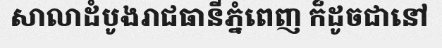
សាលាដំបូងរាជធានីភ្នំពេញ ក៏ដូចជានៅ